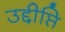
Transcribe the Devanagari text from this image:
उद्दीप्ति